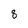
Character: 8